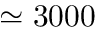
\simeq 3 0 0 0